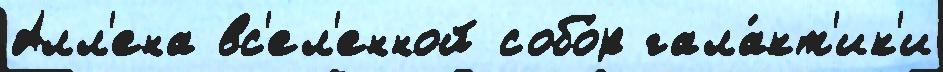
Алл'ена вс'ел'енной собо́р гала́кт'ик'и